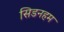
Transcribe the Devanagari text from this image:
सिडनहम